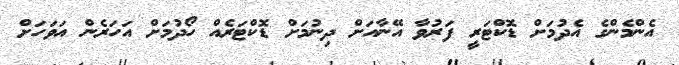
އެންމެންގެ އެދުމަށް ޑޮކްޓަރީ ފަރުވާ އޭނާއަށް ދިނުމަށް ޑޮކްޓަރެއް ހޯދުމަށް އަހަރެން އަވަހަށް